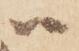
ハ